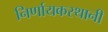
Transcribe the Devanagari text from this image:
निर्णायकस्थानी